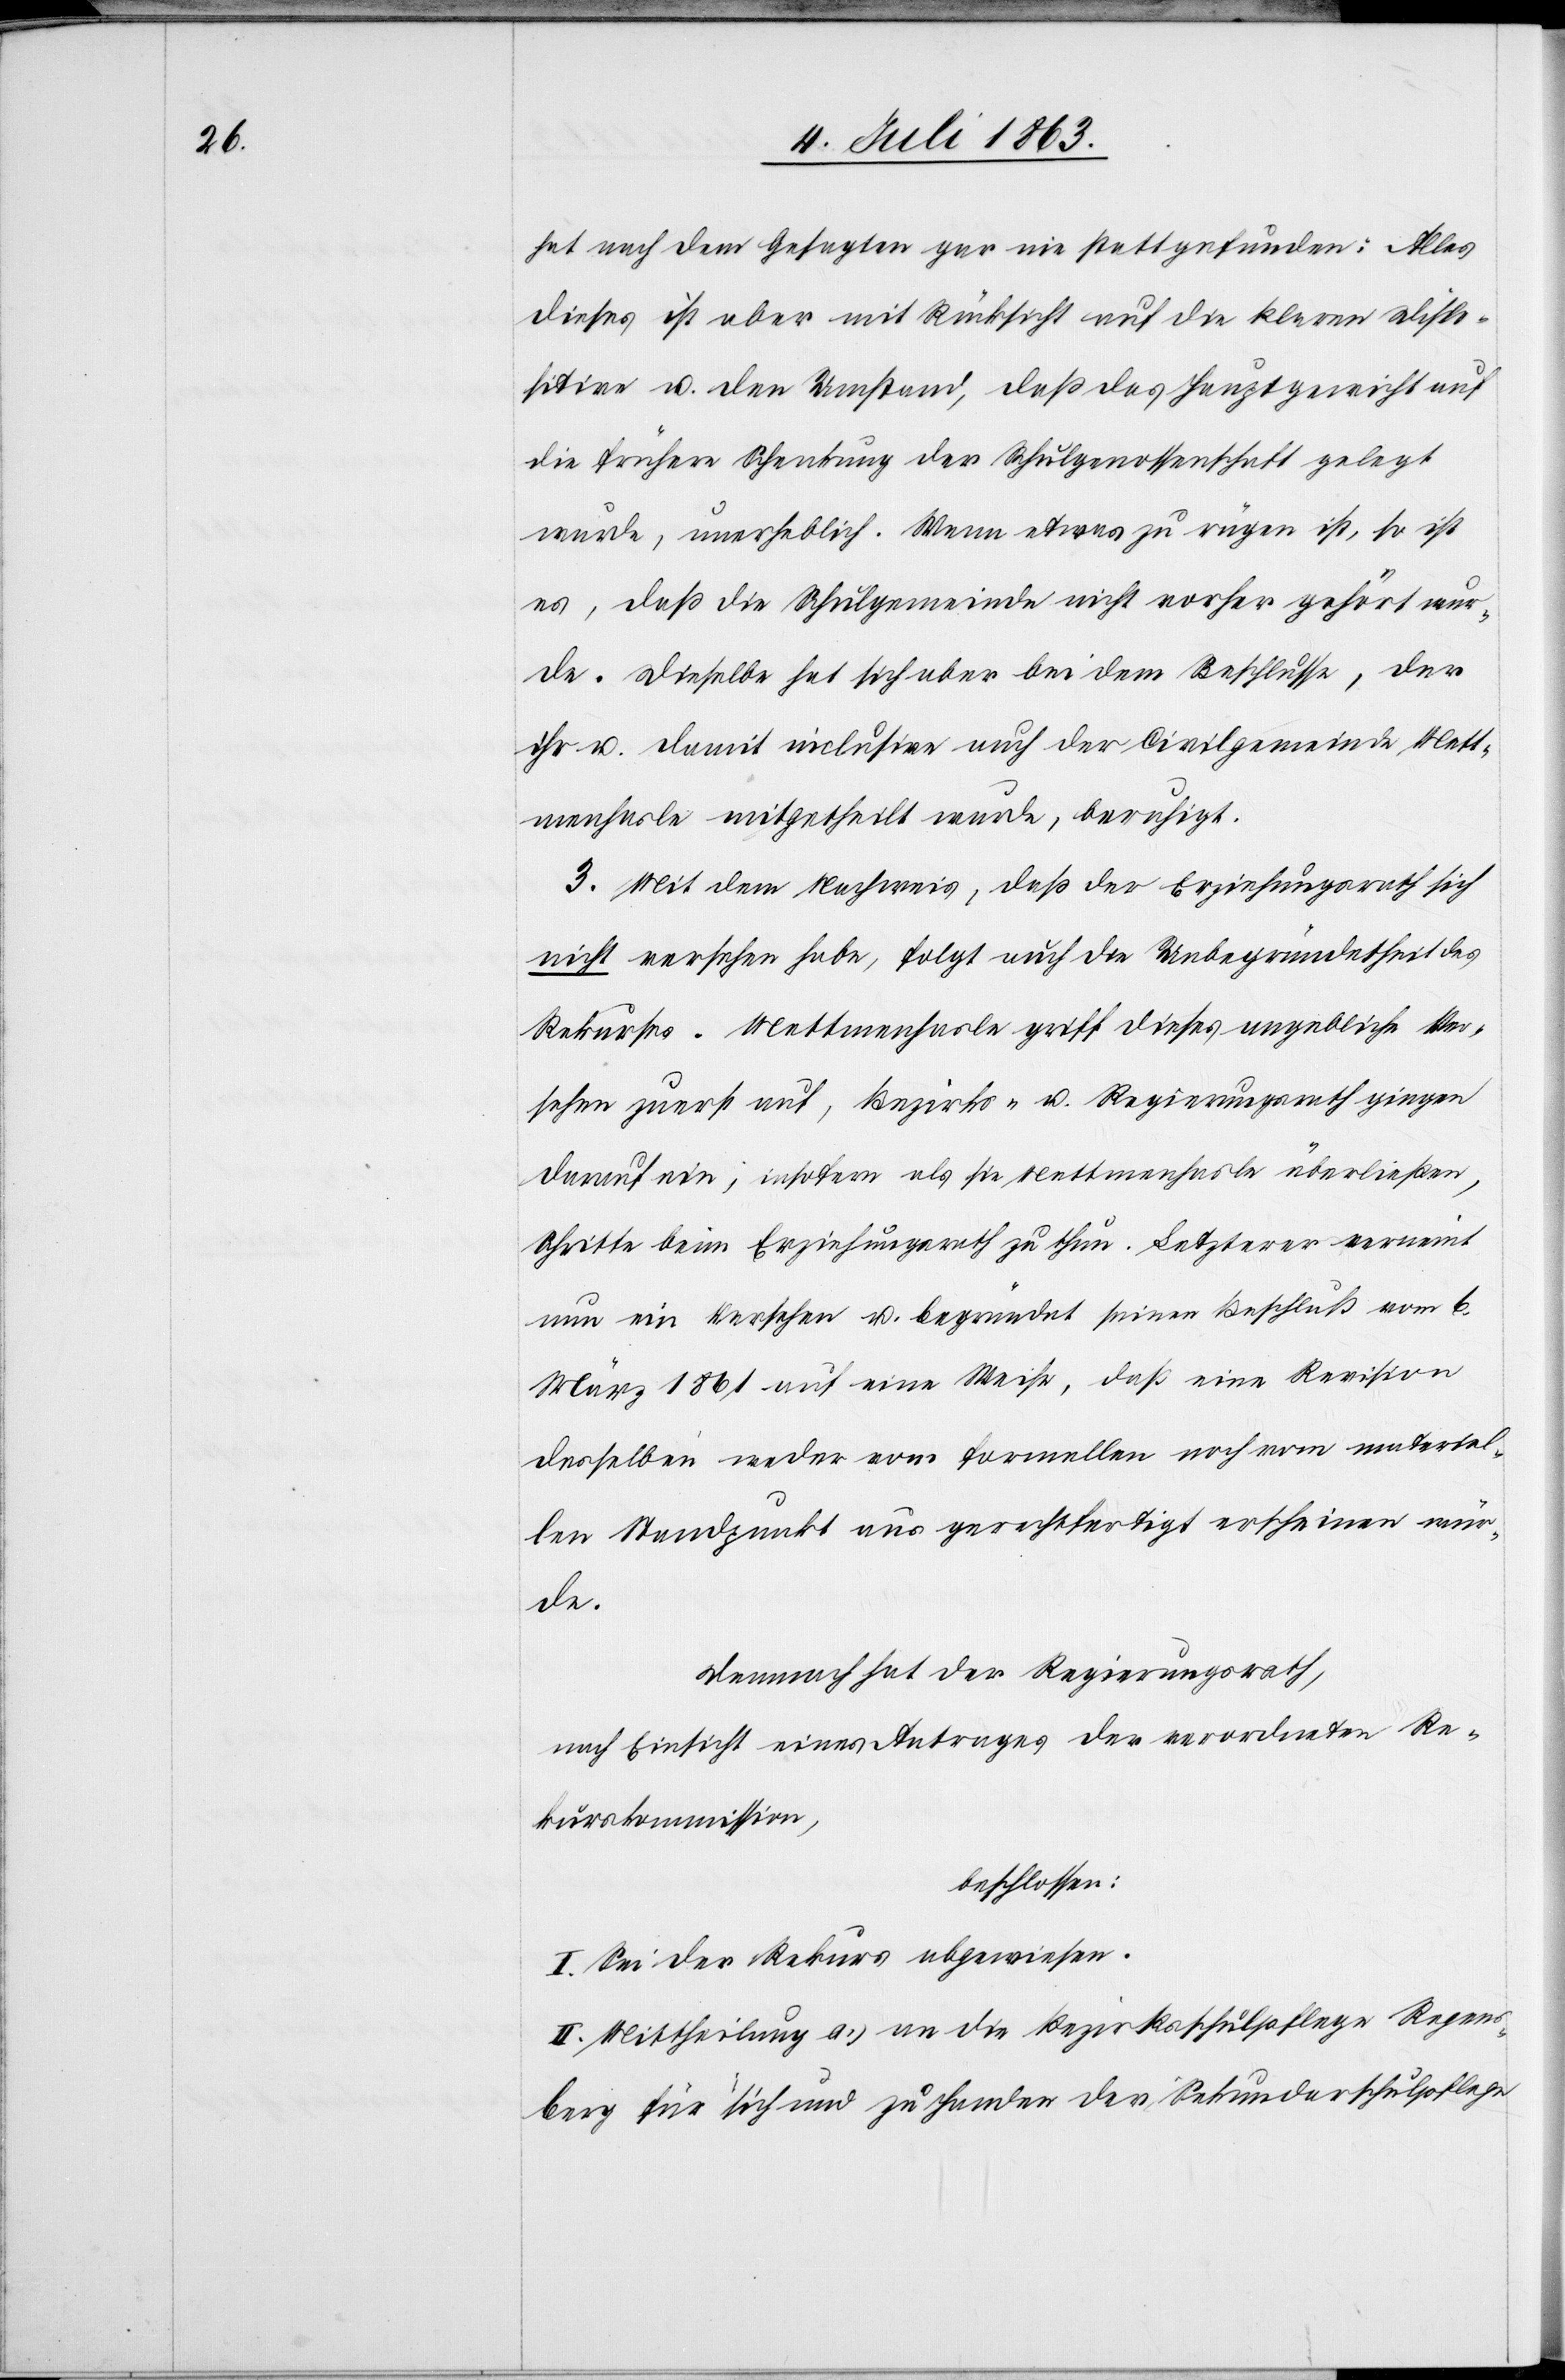
hat nach dem Gesagten gar nie stattgefunden: Alles
dieses ist aber mit Rücksicht auf die klaren Dispo¬
sitive u. den Umstand, daß das Hauptgewicht auf
die frühere Schenkung der Schulgenossenschaft gelegt
wurde, unerheblich. Wenn etwas zu rügen ist, so ist
es, daß die Schulgemeinde nicht vorher gehört wur¬
de. Dieselbe hat sich aber bei dem Beschlusse, der
ihr u. damit inclusive auch der Civilgemeinde Mett¬
menhasle mitgetheilt wurde, beruhigt.
3. Mit dem Nachweis, daß der Erziehungsrath sich
nicht versehen habe, folgt auch die Unbegründetheit des
Rekurses. Mettmenhasle griff dieses angebliche Ver¬
sehen zuerst auf, Bezirks- u. Regierungsrath gingen
darauf ein; insofern als sie Mettmenhasle überließen,
Schritte beim Erziehungsrath zu thun. Letzterer verneint
nun ein Versehen u. begründet seinen Beschluß vom 6.
März 1861 auf eine Weise, daß eine Revision
desselben weder vom formellen noch vom materiel¬
len Standpunkt aus gerechtfertigt erscheinen wür¬
de.
Demnach hat der Regierungsrath,
nach Einsicht eines Antrages der verordneten Re¬
kurskommission,
beschlossen:
I. Sei der Rekurs abgewiesen.
II. Mittheilung a.) an die Bezirksschulpflege Regens¬
berg für sich und zu Handen der Sekundarschulpflege